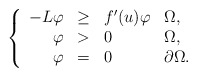
\begin{align*}\left\{\begin{array}{rlll}-L \varphi & \geq & f'(u) \varphi & \Omega,\\\varphi & >& 0 & \Omega,\\ \varphi & =& 0 & \partial\Omega.\end{array}\right.\end{align*}